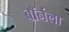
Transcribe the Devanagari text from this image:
बॉर्नला